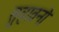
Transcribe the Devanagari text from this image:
सुहावनो